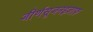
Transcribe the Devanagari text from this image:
जीर्णसूजनइज़ाफ़